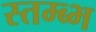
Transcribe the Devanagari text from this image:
स्तम्ब्भ